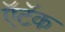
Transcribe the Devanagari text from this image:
ऍटॅक